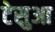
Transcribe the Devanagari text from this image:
टेसुआ